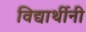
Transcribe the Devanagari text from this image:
विद्यार्थीनी